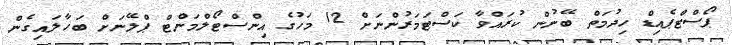
ޕޯސްޓްޕެއިޑް ހިދުމަތް ބޭނުން ކުރައްވާ ކަސްޓަމަރުންނަށް 12 މަހުގެ އިންސްޓޯލްމަންޓް ޕްލޭނަށް ބަހާލައިގެން